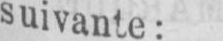
suivante: